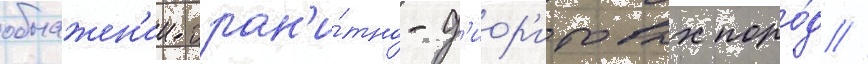
обнажен'ии гран'и́тно-д'иор'итовых поро́д //